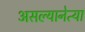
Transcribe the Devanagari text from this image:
असल्यानेत्या